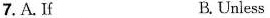
7.A.Ii R Unless